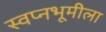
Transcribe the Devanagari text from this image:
स्वप्नभूमीला